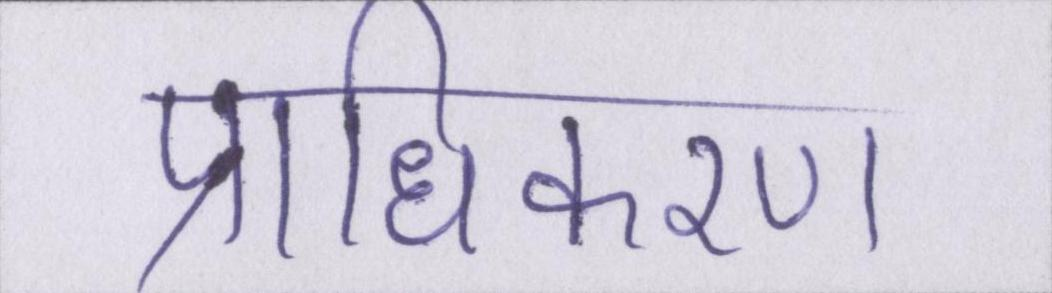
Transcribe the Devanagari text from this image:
प्राधिकरण